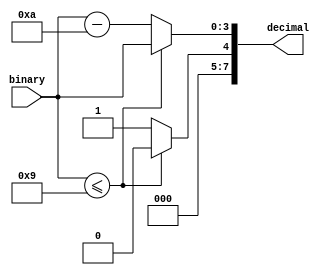
/*
   This file was generated automatically by Alchitry Labs version 1.2.1.
   Do not edit this file directly. Instead edit the original Lucid source.
   This is a temporary file and any changes made to it will be destroyed.
*/

module decimal_counter_10 (
    input [3:0] binary,
    output reg [7:0] decimal
  );
  
  
  
  always @* begin
    if (binary <= 4'h9) begin
      decimal[0+3-:4] = binary;
      decimal[4+3-:4] = 4'h0;
    end else begin
      decimal[0+3-:4] = binary - 4'ha;
      decimal[4+3-:4] = 4'h1;
    end
  end
endmodule